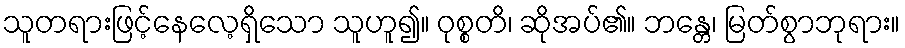
သူတရားဖြင့်နေလေ့ရှိသော သူဟူ၍။ ဝုစ္စတိ၊ ဆိုအပ်၏။ ဘန္တေ၊ မြတ်စွာဘုရား။